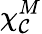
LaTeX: \chi_{\mathcal{C}}^{M}